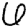
Digit: 6